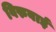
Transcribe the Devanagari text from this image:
विरुबाई